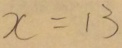
x = 1 3